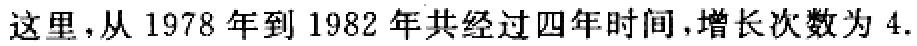
这里，从 1978 年到 1982 年共经过四年时间，增长次数为 4.